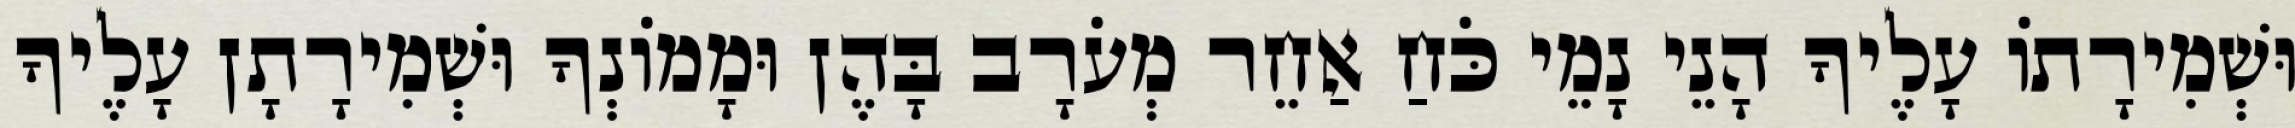
וּשְׁמִירָתוֹ עָלֶיךָ הָנֵי נָמֵי כֹּחַ אַחֵר מְעֹרָב בָּהֶן וּמָמוֹנְךָ וּשְׁמִירָתָן עָלֶיךָ